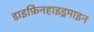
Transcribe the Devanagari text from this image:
डाइफ़िनहाइड्रमाइन